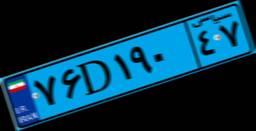
۱۷D۱۷۷۳۹